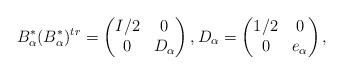
LaTeX: \begin{align*}B_\alpha^*(B_\alpha^*)^{tr}= \begin{pmatrix}I/2&0\\0&D_\alpha\end{pmatrix},D_\alpha=\begin{pmatrix} 1/2&0\\0&e_\alpha\end{pmatrix},\end{align*}